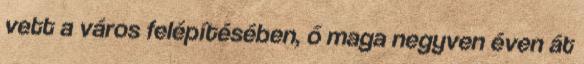
vett a város felépítésében, ő maga negyven éven át